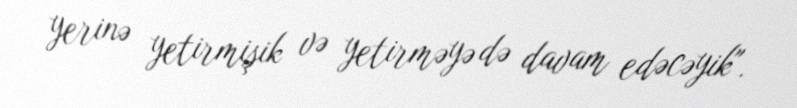
yerinə yetirmişik və yetirməyə də davam edəcəyik".